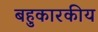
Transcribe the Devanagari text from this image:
बहुकारकीय